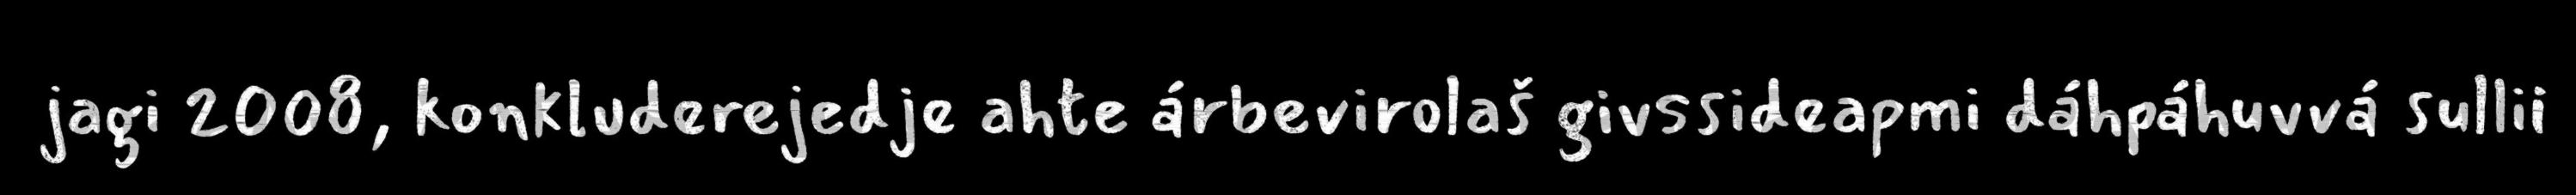
jagi 2008, konkluderejedje ahte árbevirolaš givssideapmi dáhpáhuvvá sullii